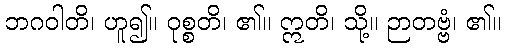
ဘဂဝါတိ၊ ဟူ၍။ ဝုစ္စတိ၊ ၏။ ဣတိ၊ သို့။ ဉာတဗ္ဗံ၊ ၏။